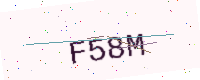
Text: F58M